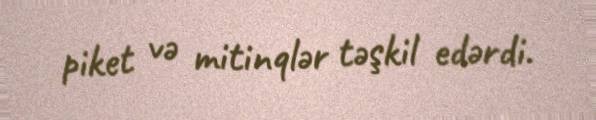
piket və mitinqlər təşkil edərdi.